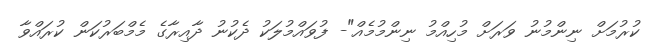
ކުރުމަށް ނިންމުނު ވަރަށް މުހިއްމު ނިންމުމެއް"- ފުވައްމުލަކު ދެކުނު ދާއިރާގެ މެމްބަރުކަން ކުރައްވާ